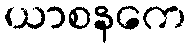
ယာစနကေ